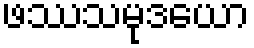
ဖဿသမုဒယော